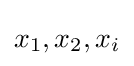
x_{1},x_{2},x_{i}